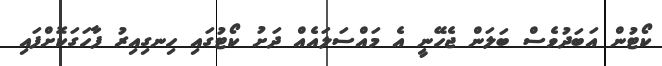
ކޯޓުން އަބަދުވެސް ބަލަން ޖެހޭނީ އެ މައްސަލައެއް ދަށު ކޯޓުގައި ހިނގިއިރު ފާހަގަކޮށްފައި